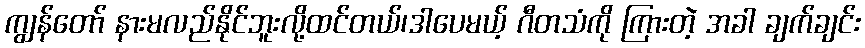
ကျွန်တော် နားမလည်နိုင်ဘူးလို့ထင်တယ်၊ဒါပေမယ့် ဂီတသံကို ကြားတဲ့ အခါ ချက်ချင်း